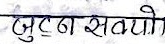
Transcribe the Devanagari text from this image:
जुटना सक्यो